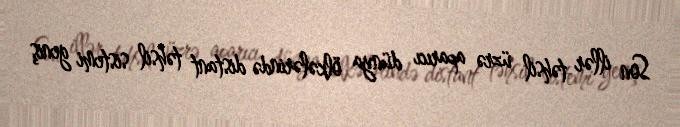
Son illər təhsil üzrə aparıcı dünya ölkələrində distant təhsil sistemi geniş